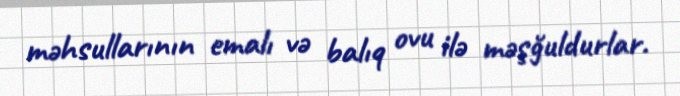
məhsullarının emalı və balıq ovu ilə məşğuldurlar.